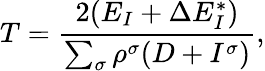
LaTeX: T=\frac{2(E_{I}+\Delta E_{I}^{*})}{\sum_{\sigma}\rho^{\sigma}(D+I^{\sigma})},